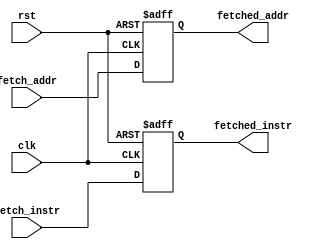
//! @title Pipeline Register: Fetch
//! @author taffarel55

//! Este mdulo representa o registrador de pipeline fetch.
//! O registrador fetch fica aps a Memria de Programa e
//! armazena temporariamente o endereo e a instruo lida
//! da Memria de Programa antes de fornec-los ao prximo
//! estgio do pipeline.

module fetch #(
  parameter AWIDTH = 15, //! Tamanho do barramento de endereos
  parameter DWIDTH = 32 //! Tamanho da palavra de instruo em bits
) (
  input wire clk, rst,                     //! Entradas: Sinal de clock e reset
  input wire [AWIDTH-1:0] fetch_addr,      //! Entrada: Endereo de leitura da Memria de Programa
  input wire [DWIDTH-1:0] fetch_instr,     //! Entrada: Instruo lida da Memria de Programa
  output reg [AWIDTH-1:0] fetched_addr,    //! Sada: Endereo fornecido ao prximo estgio
  output reg [DWIDTH-1:0] fetched_instr    //! Sada: Instruo fornecida ao prximo estgio
);

always @(posedge clk, posedge rst)
begin : FETCH
  if (rst)
  begin
    fetched_addr <= 0;
    fetched_instr <= 0;
  end
  else
  begin
    fetched_addr <= fetch_addr;
    fetched_instr <= fetch_instr;
  end
end
endmodule